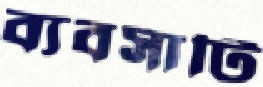
ব্যবসাটি